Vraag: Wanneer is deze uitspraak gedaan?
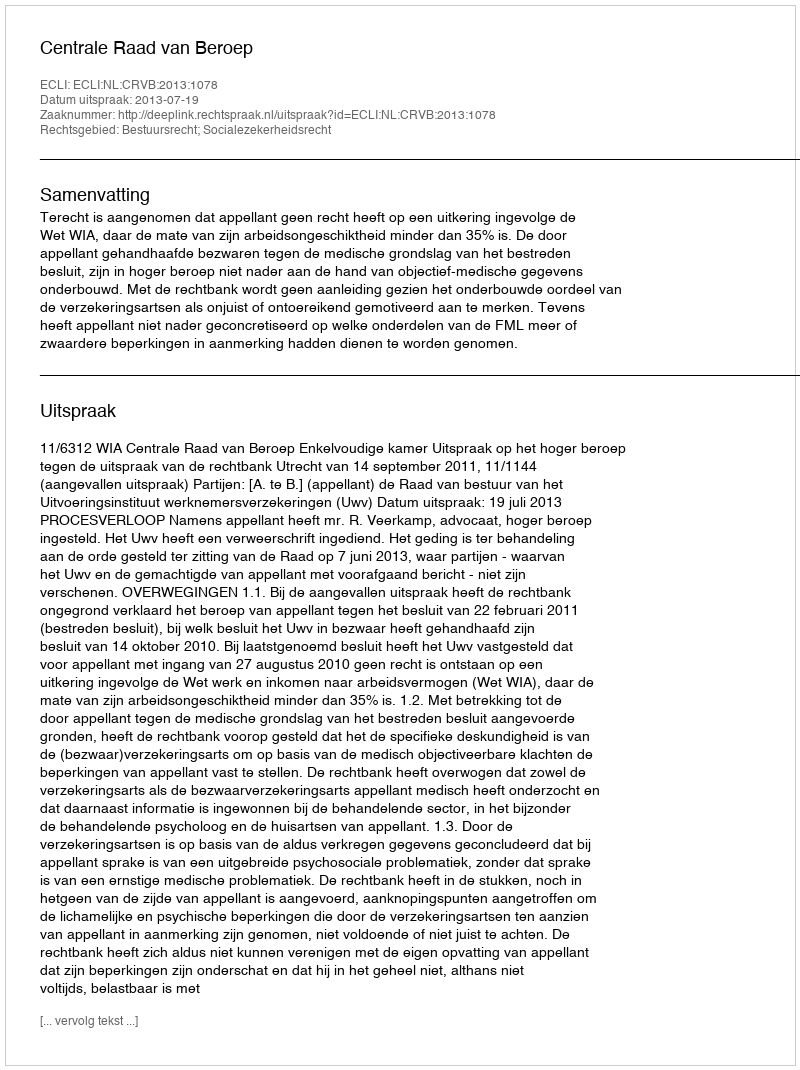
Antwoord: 2013-07-19